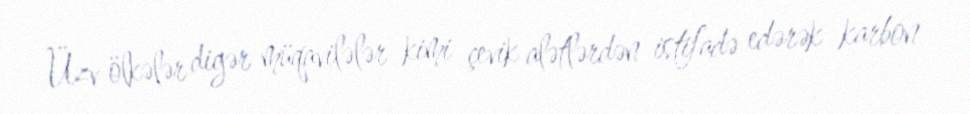
Üzv ölkələr digər müqavilələr kimi çevik alətlərdən istifadə edərək karbon